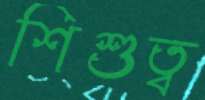
শিশুত্ব